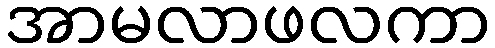
အာမလာဖလကာ